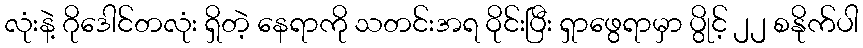
လုံးနဲ့ ဂိုဒေါင်တလုံး ရှိတဲ့ နေရာကို သတင်းအရ ဝိုင်းပြီး ရှာဖွေရာမှာ ပွိုင့် ၂၂ စနိုက်ပါ